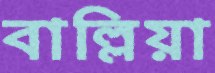
বাল্লিয়া